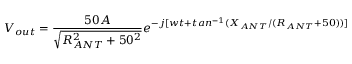
V _ { o u t } = \frac { 5 0 A } { \sqrt { R _ { A N T } ^ { 2 } + 5 0 ^ { 2 } } } e ^ { - j [ w t + t a n ^ { - 1 } ( { X _ { A N T } / ( R _ { A N T } + 5 0 ) } ) ] }